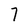
Character: 7